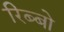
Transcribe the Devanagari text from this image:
रिब्बो